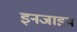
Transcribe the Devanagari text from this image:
इनजाइम